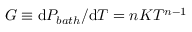
G \equiv \mathrm { d } P _ { b a t h } / \mathrm { d } T = n K T ^ { n - 1 }